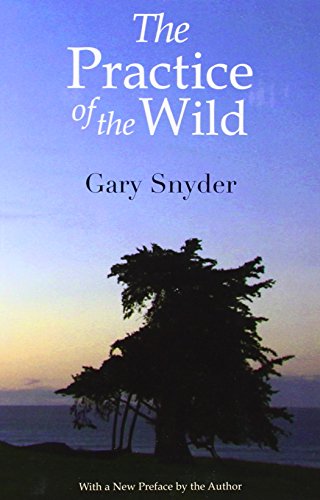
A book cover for The Practice of the Wild: With a New Preface by the Author; Gary Snyder; Science & Math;